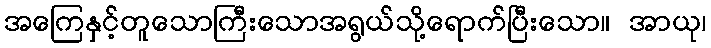
အကြေနှင့်တူသောကြီးသောအရွယ်သို့ရောက်ပြီးသော။ အာယု၊